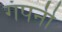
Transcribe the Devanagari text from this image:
गंपनी